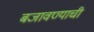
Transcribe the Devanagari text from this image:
बजावण्याची